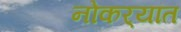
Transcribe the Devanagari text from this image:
नोकर्‍यांत